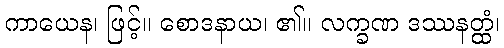
ကာယေန၊ ဖြင့်။ စောဒနာယ၊ ၏။ လက္ခဏ ဒဿနတ္ထံ၊